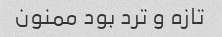
تازه و ترد بود ممنون